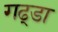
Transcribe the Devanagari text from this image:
गढ्‌डा